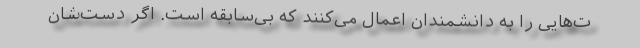
ت‌هایی را به دانشمندان اعمال می‌کنند که بی‌سابقه است. اگر دست‌شان